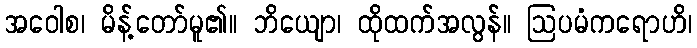
အဝေါစ၊ မိန့်တော်မူ၏။ ဘိယျော၊ ထိုထက်အလွန်။ ဩပမံကရောဟိ၊